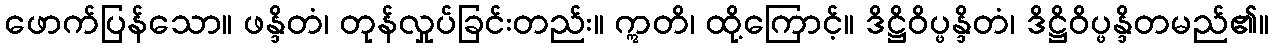
ဖောက်ပြန်သော။ ဖန္ဒိတံ၊ တုန်လှုပ်ခြင်းတည်း။ ဣတိ၊ ထို့ကြောင့်။ ဒိဋ္ဌိဝိပ္ဖန္ဒိတံ၊ ဒိဋ္ဌိဝိပ္ဖန္ဒိတမည်၏။